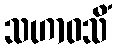
သဟာဝသိံ